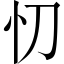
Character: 忉